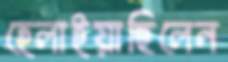
হেলাইয়াছিলেন